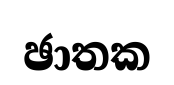
ඡාතක